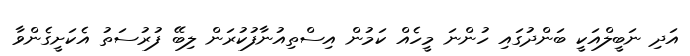
އަދި ނަބީލްއަކީ ބަންދުގައި ހުންނަ މީހެއް ކަމުން އިސްތިއުނާފުކުރަން ލިބޭ ފުރުސަތު އެކަށީގެންވާ